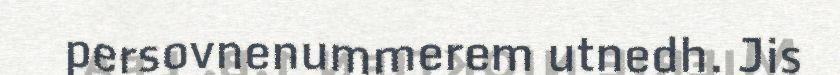
persovnenummerem utnedh. Jis